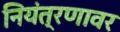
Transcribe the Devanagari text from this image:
नियंत्रणावर